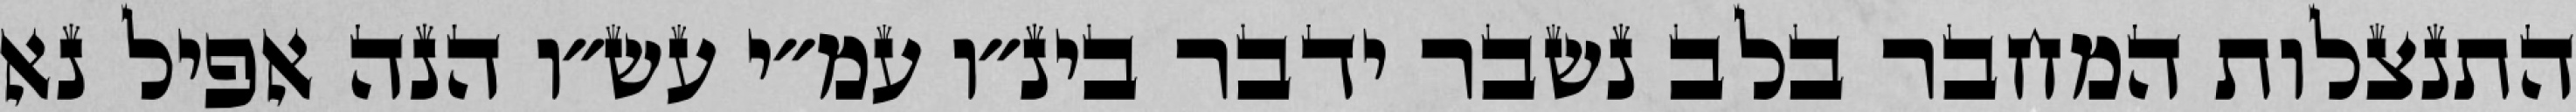
התנצלות המחבר בלב נשבר ידבר בינ״ו עמ״י עש״ו הנה אפיל נא